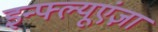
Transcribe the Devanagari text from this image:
इन्फ्ल्यूएंज़ा